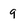
Character: 9